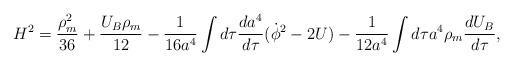
LaTeX: \begin{align*}H^2= \frac{\rho_m^2}{36}+\frac{U_B\rho_m}{12}-\frac{1}{16a^4}\int d\tau\frac{da^4}{d\tau}(\dot\phi^2-2U)-\frac{1}{12a^4}\int d\tau a^4\rho_m \frac{dU_B}{d\tau},\end{align*}